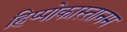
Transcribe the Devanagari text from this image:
हिप्पोकास्तानम